Calcutta medical institutions reports 1871-78
Year: 1871
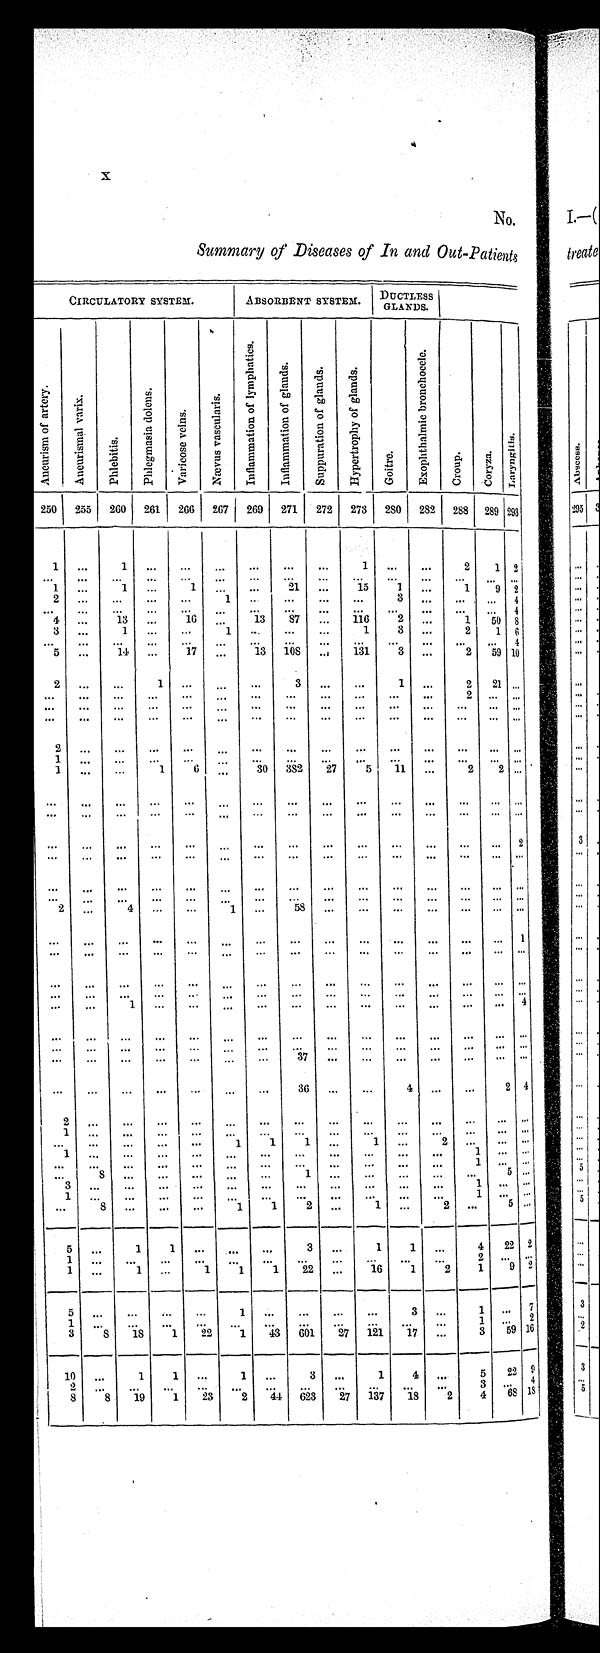
X
No.
Summary of Diseases of In and Out-Patients
CIRCULATORY SYSTEM.
ABSORBENT SYSTEM.
DUCTLESS
GLANDS.
A n e u r i s m o f a r t e r y .
A n e u r i s m a l v a r i x .
Phl ebi t i s.
P h l e g m a s i a d o l e n s .
Va r i c o s e v e i n s .
N æv u s v a s c u l a r i s .
I n f l a m m a t i o n o f l y m p h a t i c s .
I n f l a m m a t i o n o f g l a n d s .
S u p p u r a t i o n o f g l a n d s .
H y p e r t r o p h y o f g l a n d s .
Go i t r e .
E x o p h t h a l m i c b r o n c h o c e l e .
C r o u p .
C o r y z a .
L a r y n g i t i s .
250
255
260
261
266
267
269
271
272
273
280
282
288 289
293
1
...
1
. . .
. . . ...
...
...
. . . 1
. . . ...
2
1 2
. . .
. . .
. . .
. . .
. . . ...
...
...
. . .
...
...
...
. . .
. . .
...
1
...
1
...
1
01 ...
...
15
1
...
••• 1
...
9
-
2
1
-
—
...
•••
—
•••
...
•••
•••
...
•••
...
4
13
...
16
13
S7
...
116
2
—
—
1
...
50
3
...
1
3
...
2
1
...
...
..
...
...
...
...
...
5
...
14
...
17
...
13
108
..,
131
3
...
2
59 1
2
1
...
...
...
3
...
...
1
•..
2
2 „,
—
•••
—
...
—
...
—
.
...
•••
•••
***
**•
—
•••
"•
—
—
—
—
—
—
— -
1
•••
•••
•••
...
...
...
...
... ..
1
...
...
1
0
...
30
382
27
5
11
...
2
2
•••
...
...
...
...
...
...
.•.
.••
•••
...
_
...
... ..
...
—
...
...
...
...
...
...
...
...
...
...
...
... ..
...
...
—
...
...
..,
...
...
...
...
...
...
...
...
2
...
•.•
..•
••.
.••
...
••.
•..
..•
...
•••
•••
•••
•.•
• •
...
..,
...
...
...
...
...
...
...
...
...
...
...
...
..,
•••
•
.•.
••.
..•
„,
...
..•
...
•••
•••
...
•••
...
...
4
1
..
58
...
...
.••
•••
...
...
...
.••
—
—
—
•••
•••
—
1
...
..
...
"•
—
—
'"
—
—
...
...
...
..
...
...
...
...
...
...
...
...
...
..
...
...
4
•••
•••
—
.•.
••.
.••
..
.•
...
.
..
..
...
...
...
...
...
...
—
3
...
...
...
...
...
..
..
...
...
...
...
...
...
—
36
—
..
4
2 4
.••
•••
...
...
•..
•• .
..
...
1
.
...
...
...
..
-
-
—
—
...
...
...
1
1
1
...
1
...
2
..
-
•••
•••
—
"
...
S
. ..
..
..
...
...
1
...
...
...
...
..
5 ...
3
..
..
.•.
•••
—
•••
1
..
..
..
...
...
..
..
..
S
..
..
..
— 1
1
2
..
1
..
2
..
5 ..•
5
..
1
1
..
..
..
3
..
1
1
...
4
----
22 2
1
..
-
1
..
1
..
1
1
1
22
..
10
1
2
19 2
5
..
..
...
...
1.
..
..
..
..
3
—
1 ..
7
1
...
.
—
..
..
..
1 ..
2
3
S
15
1
22
1
43
.
6
.
1
7
1 1
..
17
...
3
59 16
10
• •
1
1
...
1
...
3
..
1
4
...
5
22 9
3 .
8
19
1
•
8
23
2
44
023
27
137
18
2
4
68 1S